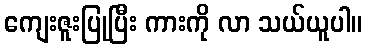
ကျေးဇူးပြုပြီး ကားကို လာ သယ်ယူပါ။